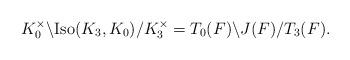
LaTeX: \begin{align*} K_0^\times \backslash \mathrm{Iso}( K_3 , K_0 ) / K_3^\times = T_0(F) \backslash J(F) /T_3(F).\end{align*}